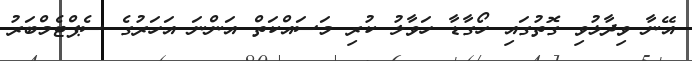
އޭނާ ވިދާޅުވި ގޮތުގައި ހޯގާޑާ ހަވާލު ކުރި މަސައްކަތް އަންނަ އަހަރުގެ ސެޕްޓެމްބަރު